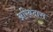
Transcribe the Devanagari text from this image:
अरिबदास